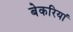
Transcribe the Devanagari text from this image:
बेकरियां